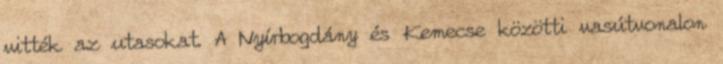
vitték az utasokat. A Nyírbogdány és Kemecse közötti vasútvonalon